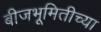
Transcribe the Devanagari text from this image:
बीजभूमितीच्या